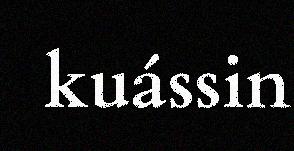
kuássin